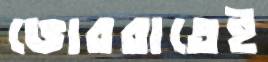
ভোররাতেই